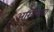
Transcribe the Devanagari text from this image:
अखियातां